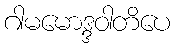
ဂါမမောဒ္ဒဝါတိပေ